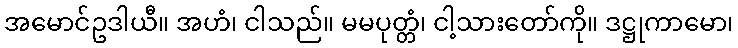
အမောင်ဥဒါယီ။ အဟံ၊ ငါသည်။ မမပုတ္တံ၊ ငါ့သားတော်ကို။ ဒဋ္ဌုကာမော၊